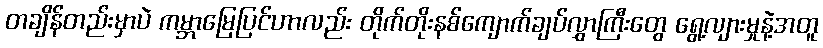
တချိန်တည်းမှာပဲ ကမ္ဘာမြေပြင်ဟာလည်း တိုက်တိုးနစ်ကျောက်ချပ်လွှာကြီးတွေ ရွေ့လျားမှုနဲ့အတူ